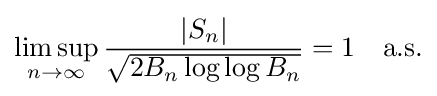
\limsup _{n\to \infty }{\frac {|S_{n}|}{\sqrt {2B_{n}\log \log B_{n}}}}=1\quad {\text{a.s.}}